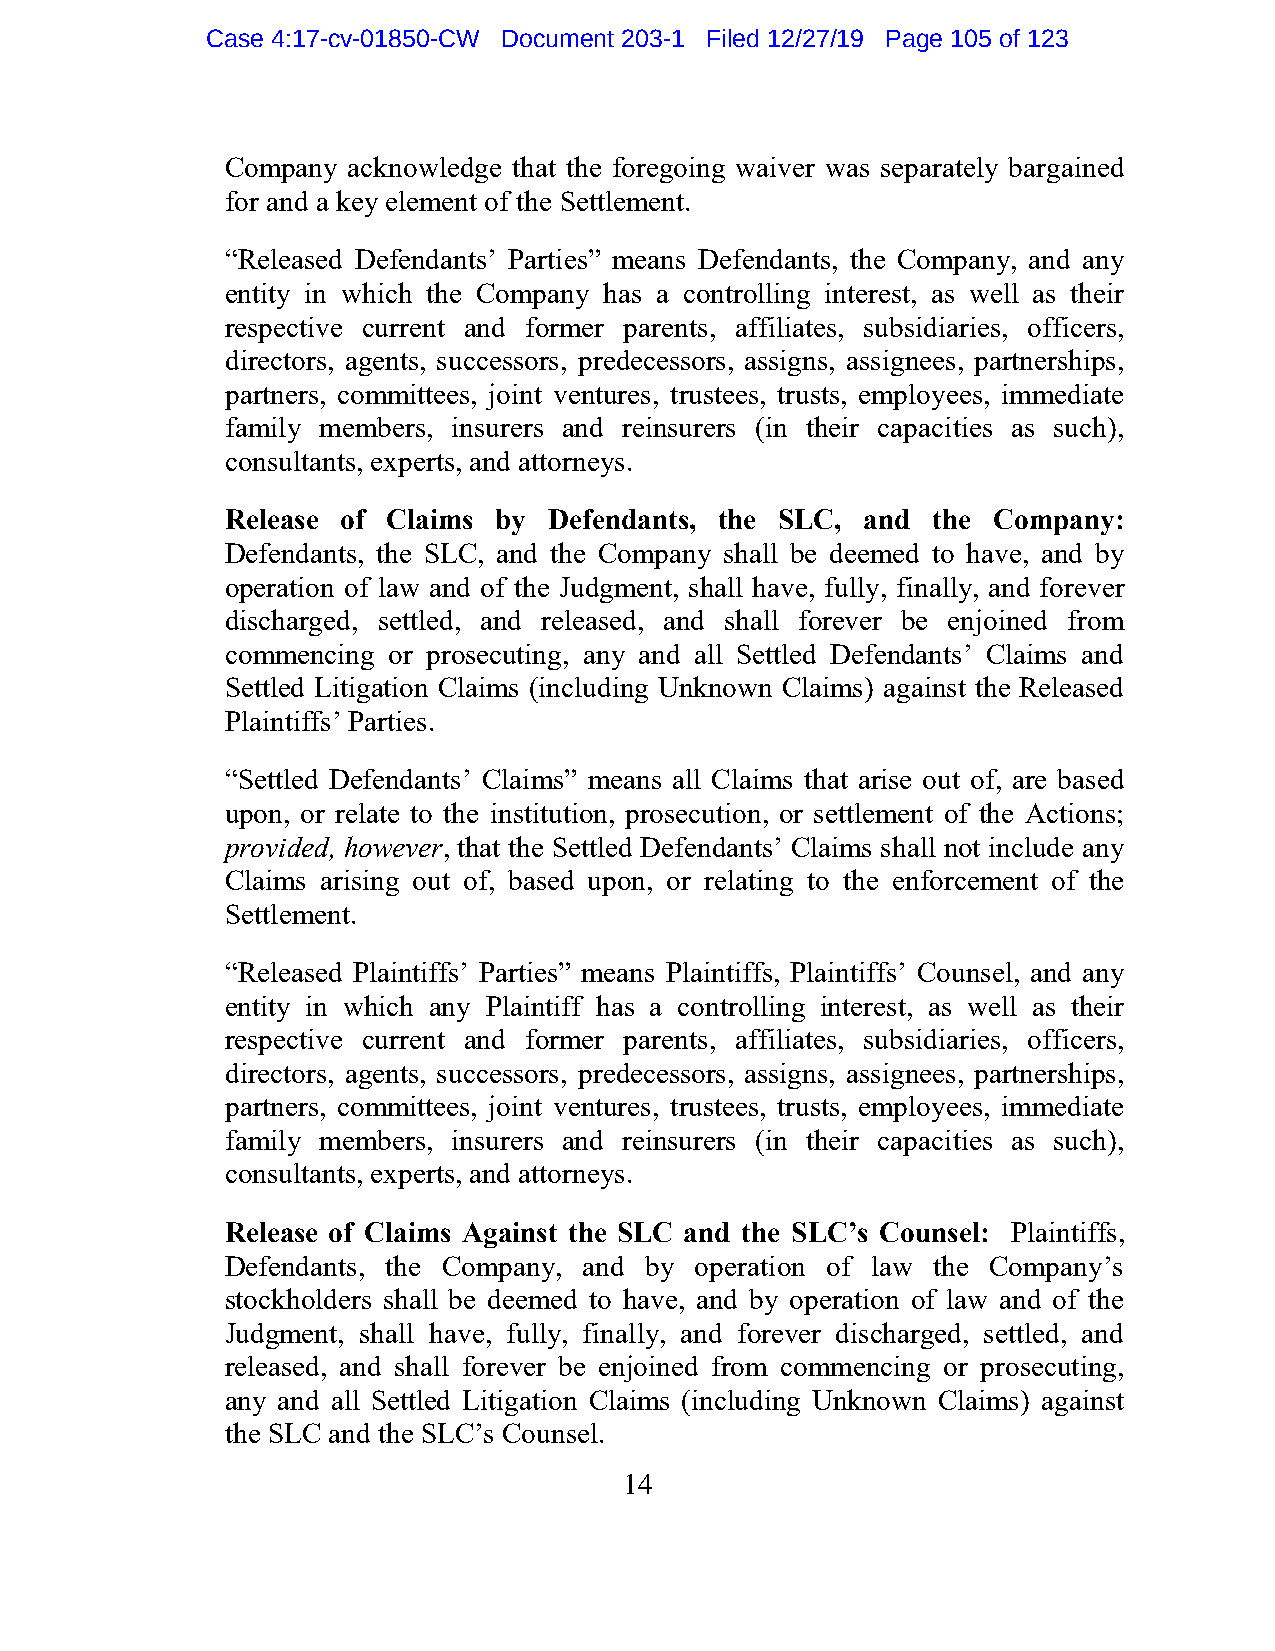
Case 4:17-cv-01850-CW Document 203-1 Filed 12/27/19 Page 105 of 123
 Company acknowledge that the foregoing waiver was separately bargained
 for and a key element of the Settlement.
 “Released Defendants’ Parties” means Defendants, the Company, and any
 entity in which the Company has a controlling interest, as well as their
 respective current and former parents, affiliates, subsidiaries, officers,
 directors, agents, successors, predecessors, assigns, assignees, partnerships,
 partners, committees, joint ventures, trustees, trusts, employees, immediate
 family members, insurers and reinsurers (in their capacities as such),
 consultants, experts, and attorneys.
 Release of Claims by Defendants, the SLC, and  the Company:
 Defendants, the SLC, and the Company shall be deemed to have, and by
 operation of law and of the Judgment, shall have, fully, finally, and forever
 discharged, settled, and released, and shall forever be enjoined from
 commencing or prosecuting, any and all Settled Defendants’ Claims and
 Settled Litigation Claims (including Unknown Claims) against the Released
 Plaintiffs’ Parties.
 “Settled Defendants’ Claims” means all Claims that arise out of, are based
 upon, or relate to the institution, prosecution, or settlement of the Actions;
 provided, however, that the Settled Defendants’ Claims shall not include any
 Claims arising out of, based upon, or relating to the enforcement of the
 Settlement.
 “Released Plaintiffs’ Parties” means Plaintiffs, Plaintiffs’ Counsel, and any
 entity in which any Plaintiff has a controlling interest, as well as their
 respective current and former parents, affiliates, subsidiaries, officers,
 directors, agents, successors, predecessors, assigns, assignees, partnerships,
 partners, committees, joint ventures, trustees, trusts, employees, immediate
 family members, insurers and reinsurers (in their capacities as such),
 consultants, experts, and attorneys.
 Release of Claims Against the SLC and the SLC’s Counsel: Plaintiffs,
 Defendants, the Company, and by operation of law the Company’s
 stockholders shall be deemed to have, and by operation of law and of the
 Judgment, shall have, fully, finally, and forever discharged, settled, and
 released, and shall forever be enjoined from commencing or prosecuting,
 any and all Settled Litigation Claims (including Unknown Claims) against
 the SLC and the SLC’s Counsel.
 14